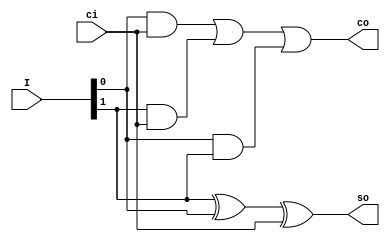
`timescale 1ns / 1ps
//////////////////////////////////////////////////////////////////////////////////
// Company: University of Kentucky
// 
// Design Name: 
// Module Name:    BFA Gated coding
// Project Name: 
// Target Devices: 
// Tool versions: 
// Description: 
//
// Dependencies: 
//
// Revision: 
// Revision 0.01 - File Created
// Additional Comments: 
//
//////////////////////////////////////////////////////////////////////////////////
module BFA(
    input [1:0] I,
    input ci,
    output so,
    output co
    );
	 
	 wire wxor0, wand0, wand1, wand2;
	 
	 xor X0(wxor0, I[1], I[0]);
	 xor X1(so, wxor0, ci);
	 and A0(wand0, I[0], ci);
	 and A1(wand1, I[1], ci);
	 and A2(wand2, I[0], I[1]);
	 or(co, wand0, wand1, wand2);
	 
endmodule